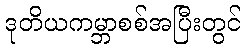
ဒုတိယကမ္ဘာစစ်အပြီးတွင်